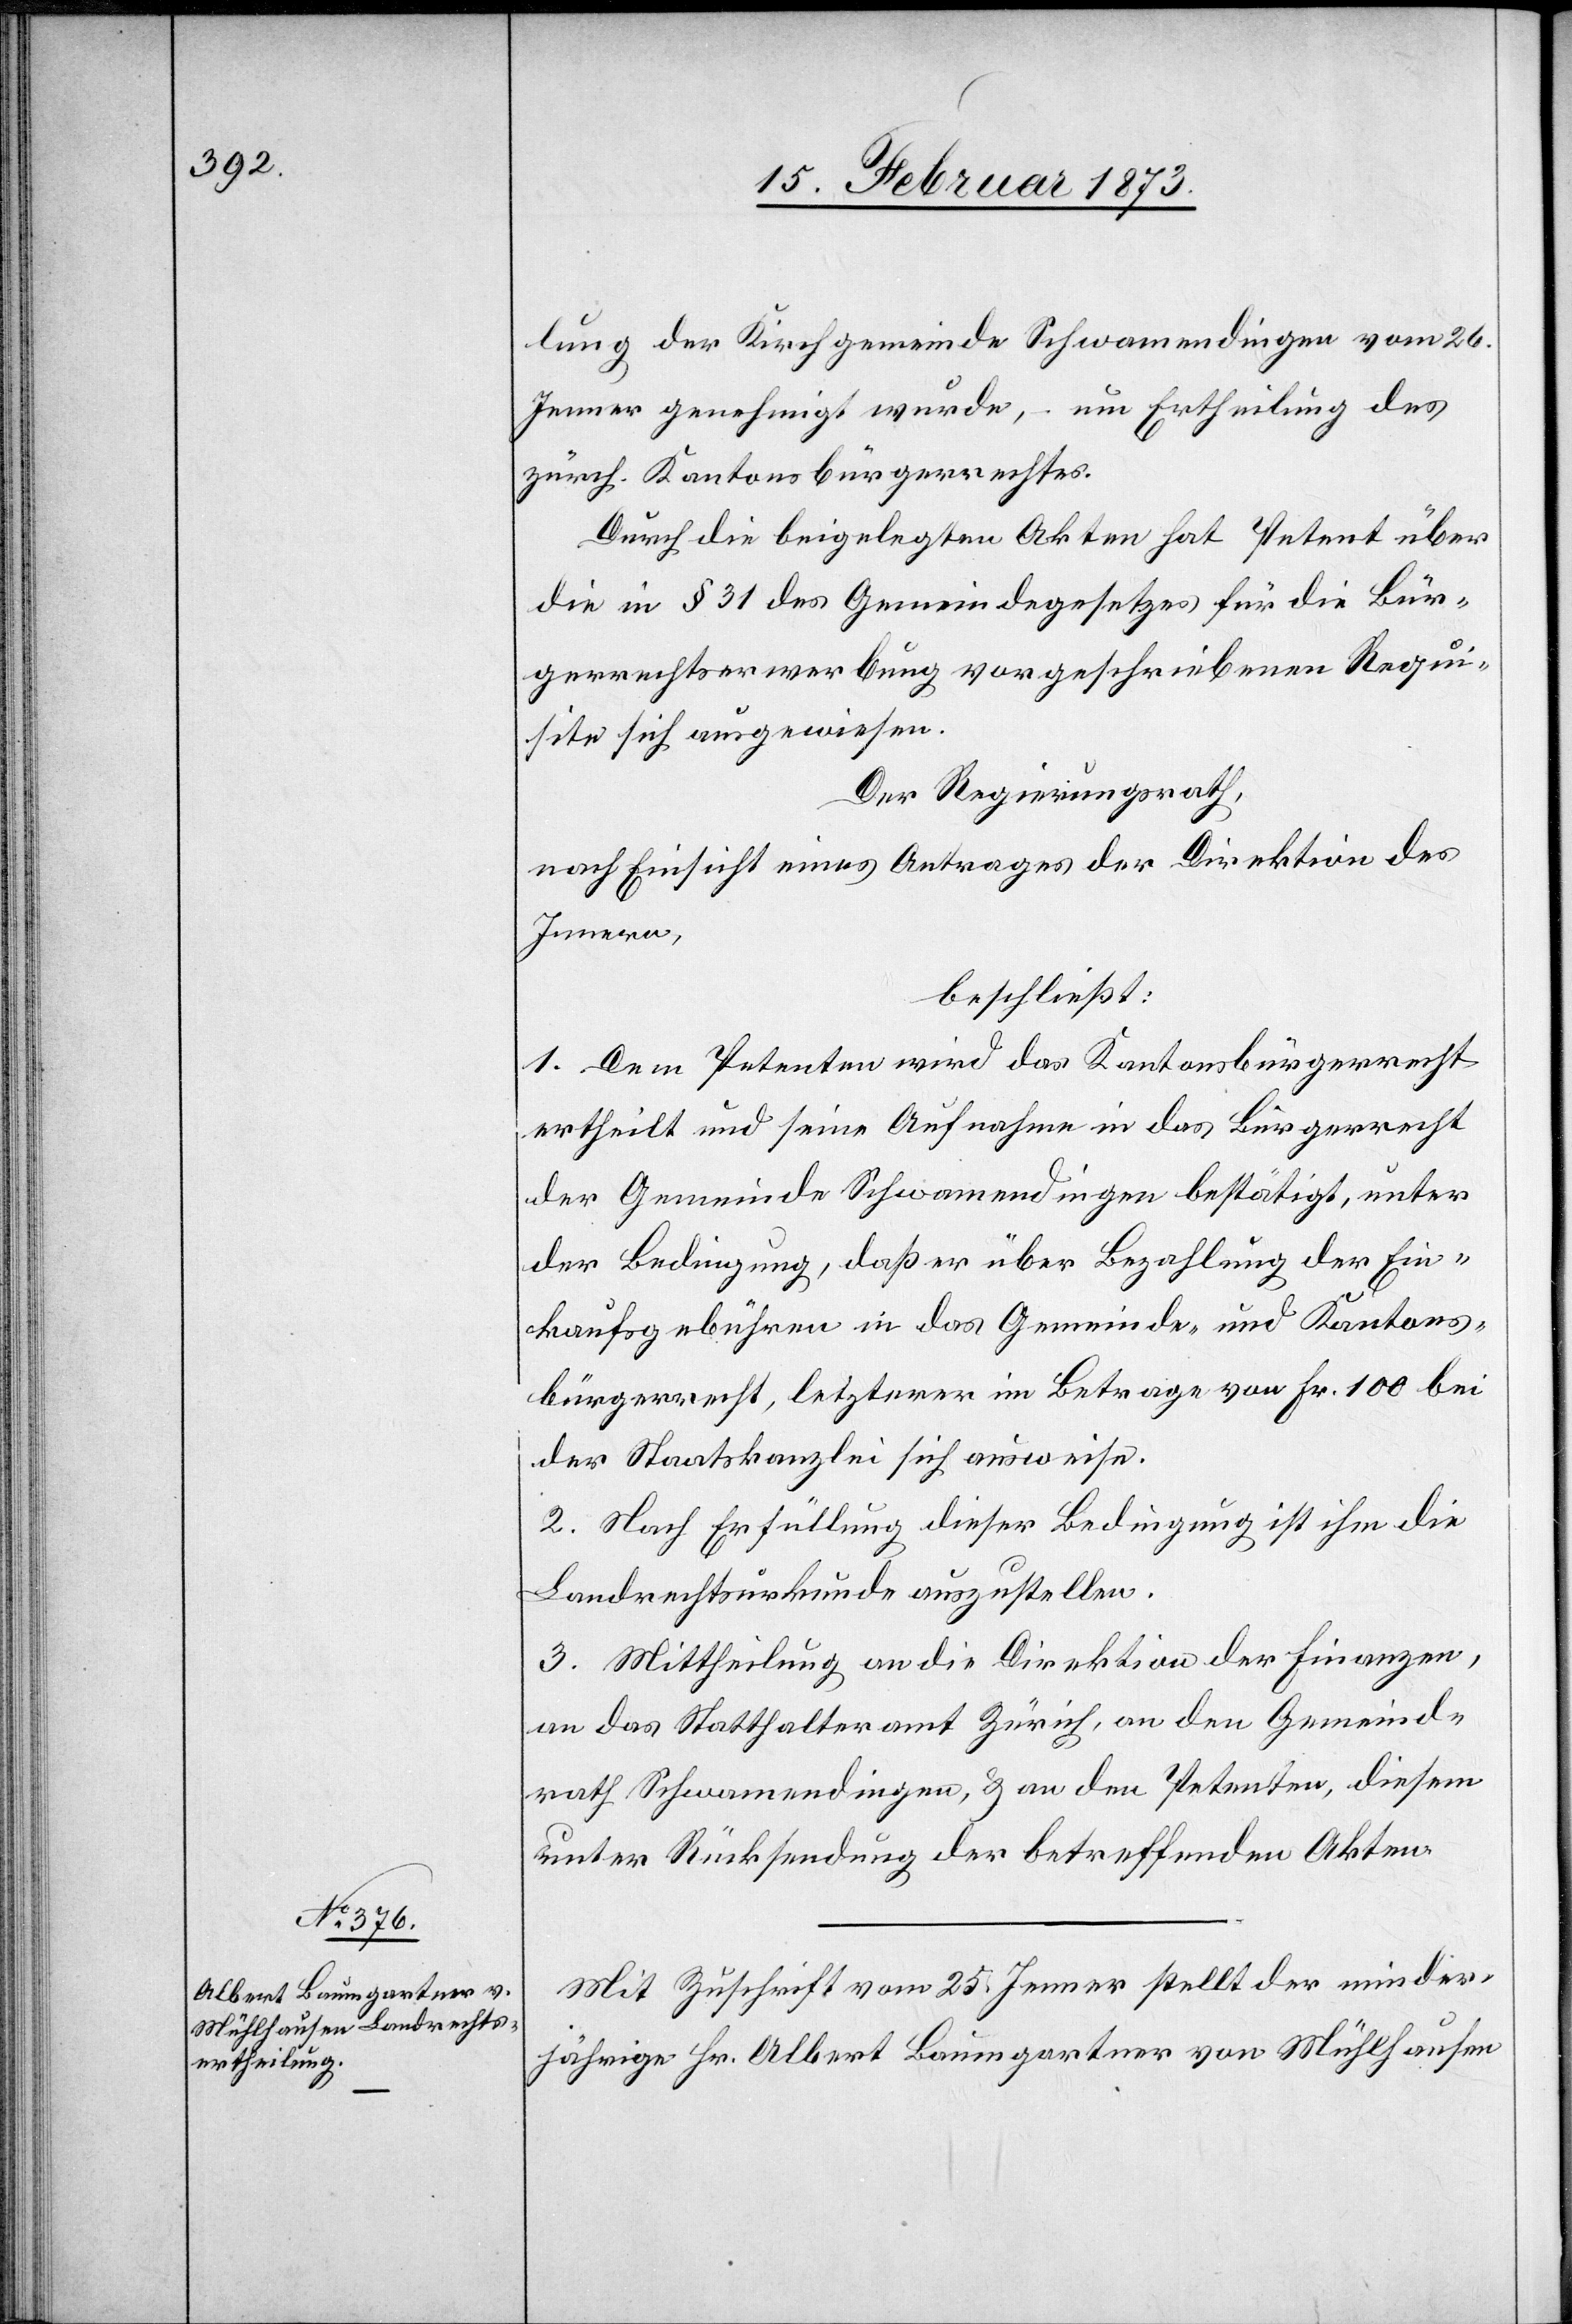
lung der Kirchgemeinde Schwamendingen vom 26.
Jenner genehmigt wurde, – um Ertheilung des
zürch. Kantonsbürgerrechtes.
Durch die beigelegten Akten hat Petent über
die in § 31 des Gemeindegesetzes für die Bür¬
gerrechtserwerbung vorgeschriebenen Requi¬
site sich ausgewiesen.
Der Regierungsrath,
nach Einsicht eines Antrages der Direktion des
Innern,
beschließt:
1. Dem Petenten wird das Kantonsbürgerrecht
ertheilt und seine Aufnahme in das Bürgerrecht
der Gemeinde Schwamendingen bestätigt, unter
der Bedingung, daß er über Bezahlung der Ein¬
kaufsgebühren in das Gemeinde- und Kantons¬
bürgerrecht, letzterer im Betrage von Fr. 100 bei
der Staatskanzlei sich ausweise.
2. Nach Erfüllung dieser Bedingung ist ihm die
Landrechtsurkunde auszustellen.
3. Mittheilung an die Direktion der Finanzen,
an das Statthalteramt Zürich, an den Gemeind¬
rath Schwamendingen, u. an den Petenten, diesem
unter Rücksendung der betreffenden Akten.
Mit Zuschrift vom 25. Jenner stellt der minder¬
jährige Hr. Albert Baumgartner von Mühlhausen